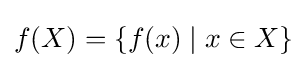
f(X)=\{f(x)\mid x\in X\}